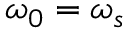
\omega _ { 0 } = \omega _ { s }